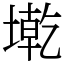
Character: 墘